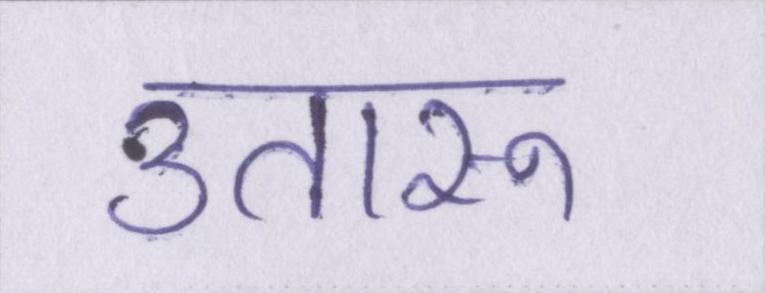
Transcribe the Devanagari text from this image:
उतारू